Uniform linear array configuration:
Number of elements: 48
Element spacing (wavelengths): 0.75
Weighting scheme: cosine
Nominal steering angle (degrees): -15
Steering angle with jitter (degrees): -16.58
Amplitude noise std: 0.05
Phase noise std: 0.05

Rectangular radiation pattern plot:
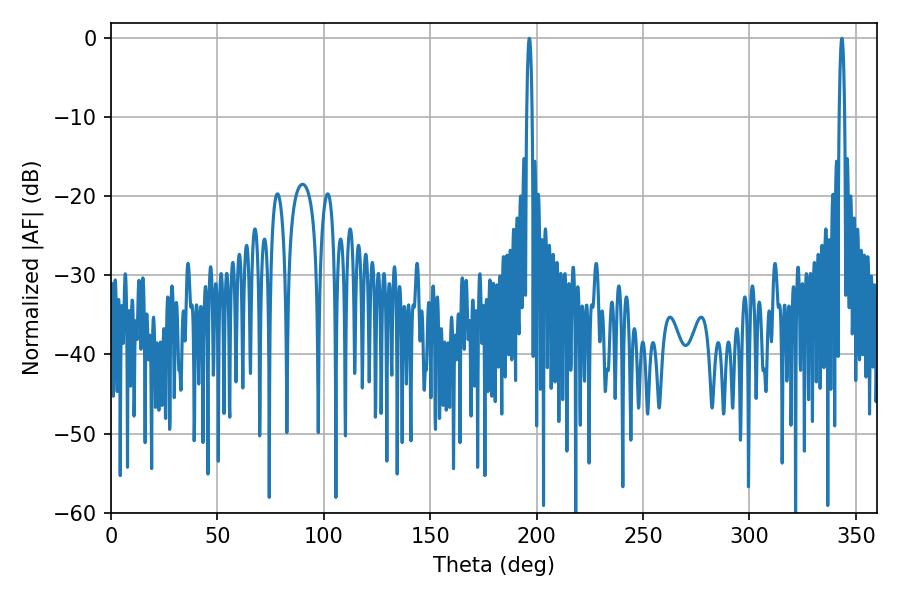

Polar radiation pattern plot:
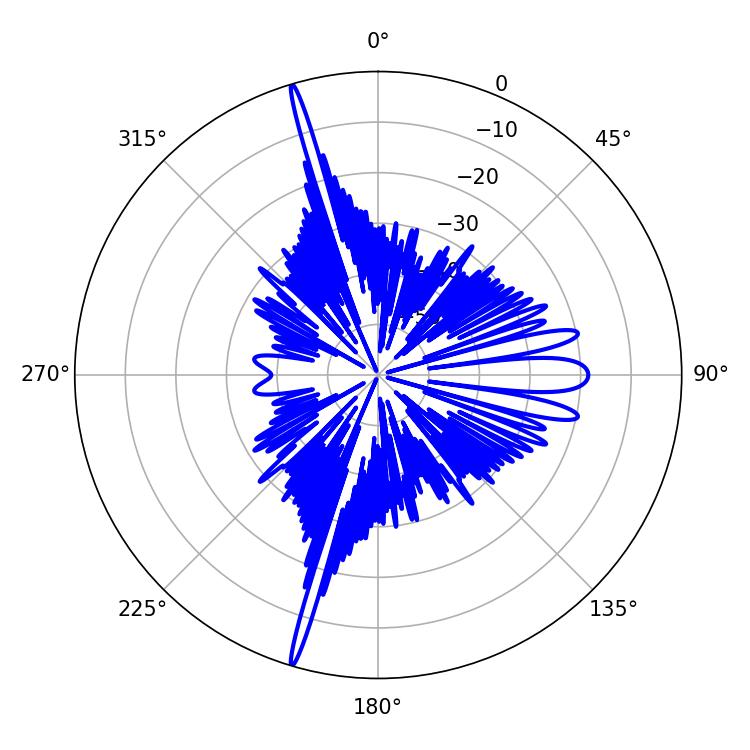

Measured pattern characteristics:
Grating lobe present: TRUE
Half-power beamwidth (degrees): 1.44
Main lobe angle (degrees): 196.56